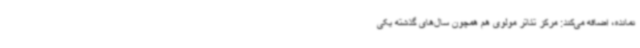
نمانده، اضافه می‌کند: مرکز تئاتر مولوی هم همچون سال‌های گذشته یکی